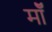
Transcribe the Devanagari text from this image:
मॉँ